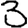
Digit: 3